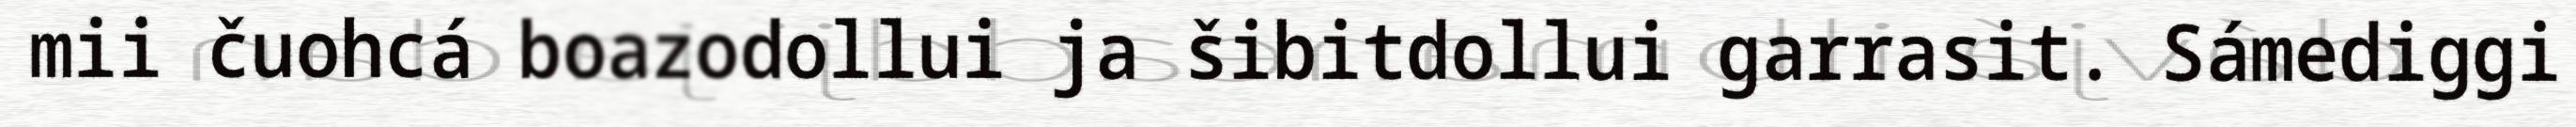
mii čuohcá boazodollui ja šibitdollui garrasit. Sámediggi